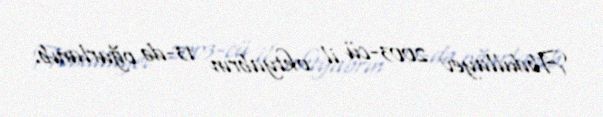
Abdullayev 2003-cü il oktyabrın 13-də oğurlanıb.